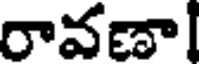
రావణా